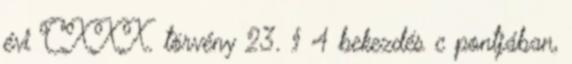
évi CXXX. törvény 23. § 4 bekezdés c pontjában,